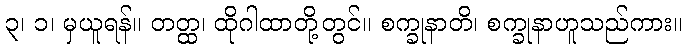
၃၊ ၁၊ မှယူရန်။ တတ္ထ၊ ထိုဂါထာတို့တွင်။ စက္ခုနာတိ၊ စက္ခုနာဟူသည်ကား။